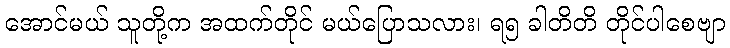
အောင်မယ် သူတို့က အထက်တိုင် မယ်ပြောသလား၊ ရ၅ ခါတိတိ တိုင်ပါစေဗျာ